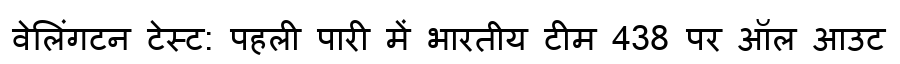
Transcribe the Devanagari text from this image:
वेलिंगटन टेस्ट: पहली पारी में भारतीय टीम 438 पर ऑल आउट